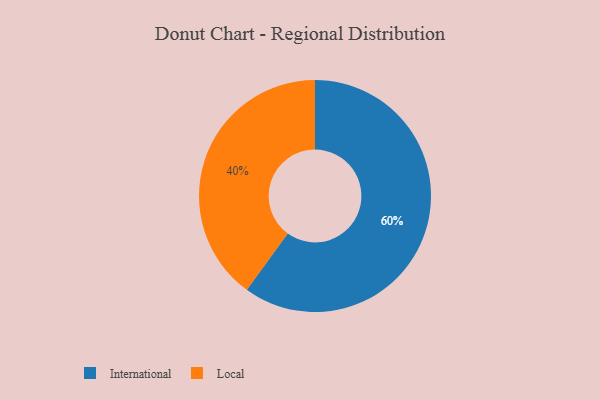
{"axis": {"x": "Category", "y": "Percentage"}, "legend": ["International", "Local"], "data": [{"x": "Local", "y": 40, "type": "Local"}, {"x": "International", "y": 60, "type": "International"}]}